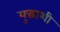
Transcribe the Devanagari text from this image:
युद्धाशी